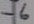
Text: -6